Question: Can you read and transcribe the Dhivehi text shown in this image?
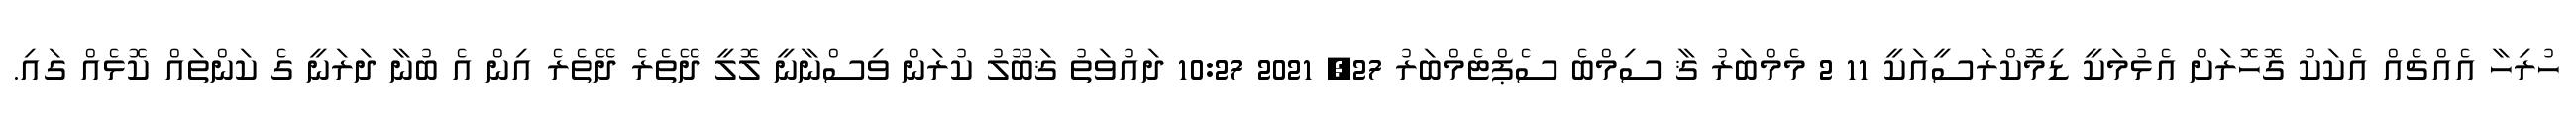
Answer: ހުރިހާ އެއްޗެއް އެކަކު ގޮހޮރަށް އެޅުމަކީ ޑިމޮކްރަސީއަކީ 11 2 މެމްބަރު ޤާ ސިމްބެ ސެޕްޓެމްބަރު 27, 2021 10:27 ދައުވަތު ޤަބޫލު ކުރަން ވިސްނާނީ ލޮލީ ދޭތެރެ ދޭތެރެ އިން އެ ބުނާ ދަރަނީ ގެ ކަންތައް ކޮޅެއް ގައި.